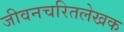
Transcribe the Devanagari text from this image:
जीवनचरितलेखक